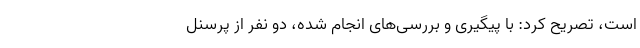
است، تصریح کرد: با پیگیری و بررسی‌های انجام شده، دو نفر از پرسنل